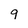
Character: 9